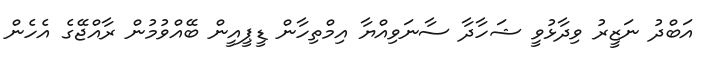
އަބްދު ނަޒީރު ވިދާޅުވީ ޝަހާދާ ސާނަވިއްޔާ އިމްތިހާން ޑީޕީއީން ބޭއްވުމުން ރާއްޖޭގެ އެހެން